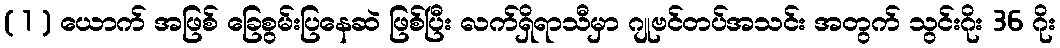
( 1 ) ယောက် အဖြစ် ခြေစွမ်းပြနေဆဲ ဖြစ်ပြီး လက်ရှိရာသီမှာ ဂျုဗင်တပ်အသင်း အတွက် သွင်းဂိုး 36 ဂိုး